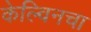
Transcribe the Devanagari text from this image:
केल्विनचा